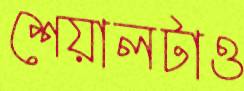
শেয়ালটাও